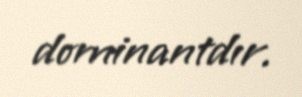
dominantdır.